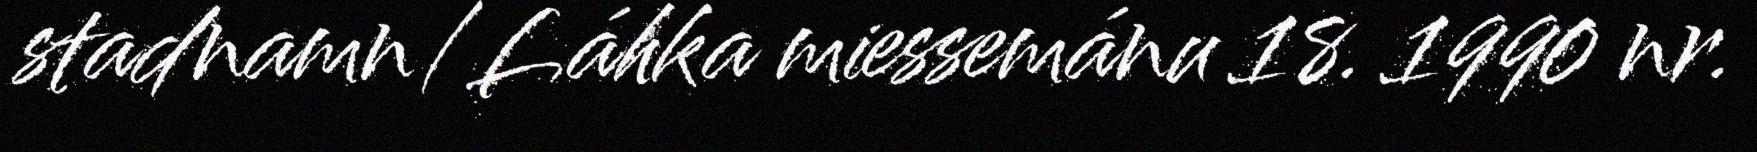
stadnamn/Láhka miessemánu 18. 1990 nr.